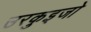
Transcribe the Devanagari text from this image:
उरकुइजो